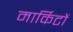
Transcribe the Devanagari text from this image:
मार्किटों